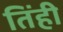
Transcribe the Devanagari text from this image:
तिंही